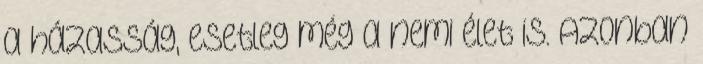
a házasság, esetleg még a nemi élet is. Azonban